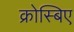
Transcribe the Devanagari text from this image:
क्रोस्बिए